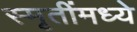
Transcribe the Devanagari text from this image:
स्मृतींमध्ये